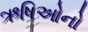
ઋષિઓનો